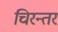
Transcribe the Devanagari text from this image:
चिरन्तर